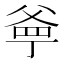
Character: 㸘